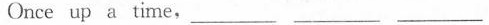
Once up a time,___ ___ ___